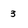
Character: 3